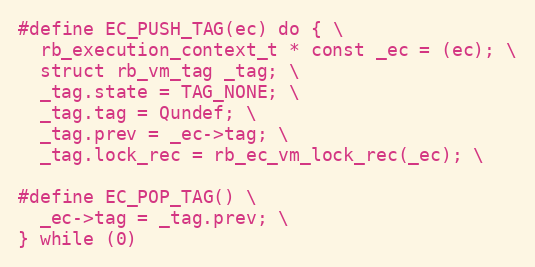
Language: C
#define EC_PUSH_TAG(ec) do { \
  rb_execution_context_t * const _ec = (ec); \
  struct rb_vm_tag _tag; \
  _tag.state = TAG_NONE; \
  _tag.tag = Qundef; \
  _tag.prev = _ec->tag; \
  _tag.lock_rec = rb_ec_vm_lock_rec(_ec); \

#define EC_POP_TAG() \
  _ec->tag = _tag.prev; \
} while (0)